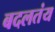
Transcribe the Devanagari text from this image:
बदलतंय